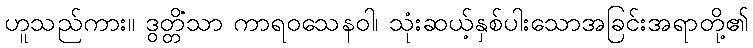
ဟူသည်ကား။ ဒွတ္တိံသာ ကာရဝသေနဝါ၊ သုံးဆယ့်နှစ်ပါးသောအခြင်းအရာတို့၏